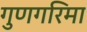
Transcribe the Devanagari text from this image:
गुणगरिमा